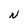
Character: N